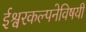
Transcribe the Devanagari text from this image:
ईश्वरकल्पनेविषयी